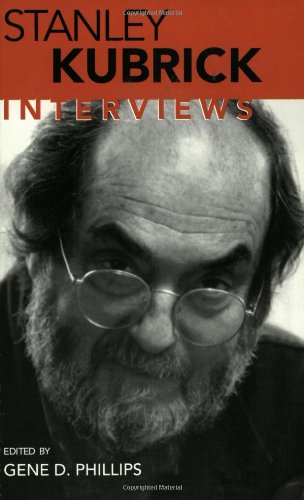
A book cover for Stanley Kubrick: Interviews (Conversations with Filmmakers); Biographies & Memoirs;